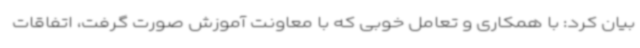
بیان کرد: با همکاری و تعامل خوبی که با معاونت آموزش صورت گرفت، اتفاقات